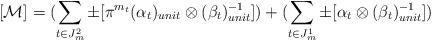
LaTeX: \begin{align*}[{\cal M}]=(\sum_{t\in J_m^2}\pm[\pi^{m_t}(\alpha_t)_{unit}\otimes(\beta_t)^{-1}_{unit}])+(\sum_{t\in J_m^1}\pm[\alpha_t\otimes(\beta_t)^{-1}_{unit}])\end{align*}